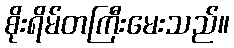
စိုးရိမ်တကြီးမေးသည်။